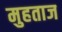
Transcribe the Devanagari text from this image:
मुहताज